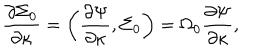
{ \frac { \partial \Sigma _ { 0 } } { \partial \kappa } } = \left( { \frac { \partial \Psi } { \partial \kappa } } , \Sigma _ { 0 } \right) = \Omega _ { 0 } { \frac { \partial \Psi } { \partial \kappa } } ,